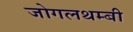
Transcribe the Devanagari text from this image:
जोगलथम्बी